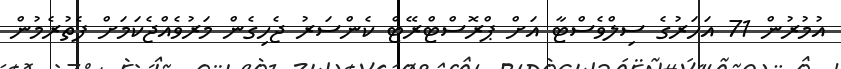
އުމުރުން 71 އަހަރުގެ ސިލްވެސްޓާ އަށް ޕްރޮސްޓްރޭޓް ކެންސަރު ޖެހިގެން މަރުވެއްޖެކަމަށް ފެތުރެމުން